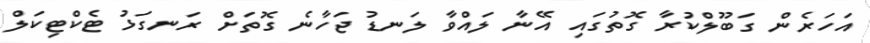
އަހަރެން ގަބޫލްކުރާ ގޮތުގައި އޭނާ ލައްވާ ލަނޑު ޖަހާނެ ގޮތަށް ރަނގަޅު ޓެކްޓިކަލް